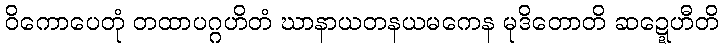
ဝိကောပေတုံ တထာပဂ္ဂဟိတံ ဃာနာယတနယမကေန မုဒိတောတိ ဆဍ္ဍေဟီတိ